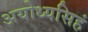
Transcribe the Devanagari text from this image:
अयोध्यसिहं